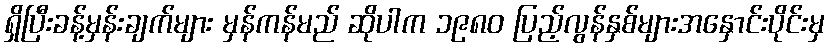
ရှိပြီးခန့်မှန်းချက်များ မှန်ကန်မည် ဆိုပါက ၁၉၈၀ ပြည့်လွန်နှစ်များအနှောင်းပိုင်းမှ